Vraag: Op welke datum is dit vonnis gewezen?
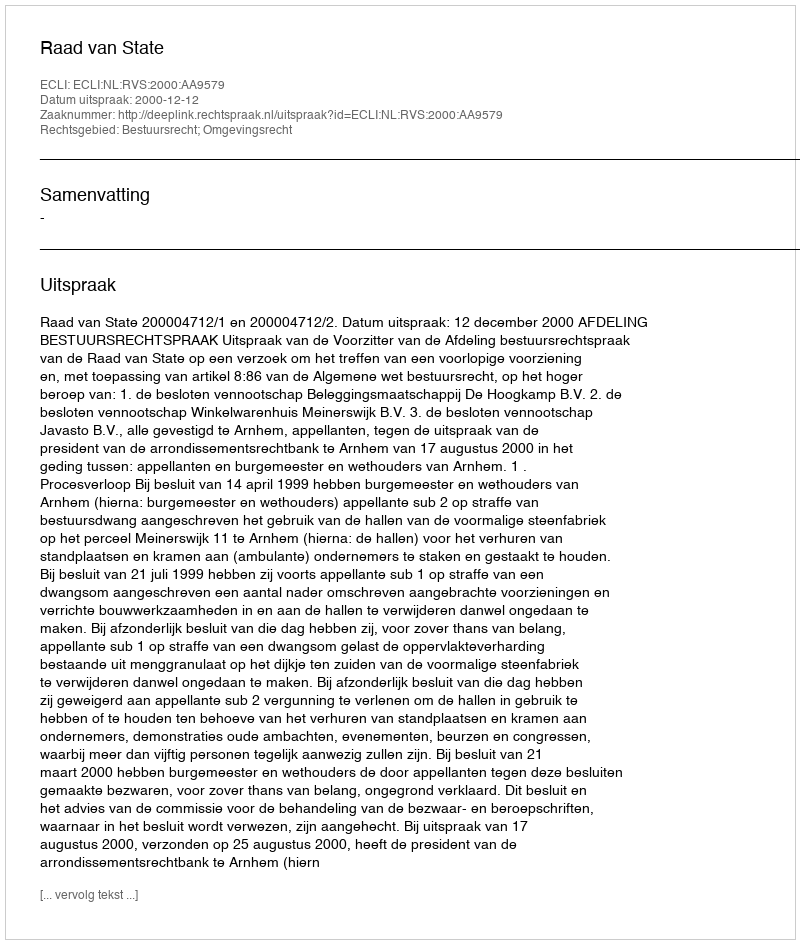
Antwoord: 2000-12-12